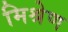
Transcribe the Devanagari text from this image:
मिश्रेण